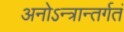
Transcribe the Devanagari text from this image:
अनोऽन्त्रान्तर्गतं